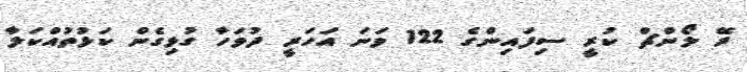
ރޭ ލޯންޗް ކުރީ ސިފައިންގެ 122 ވަނަ އަހަރީ ދުވަހާ ގުޅިގެން ކަޅުތުއްކަލާ